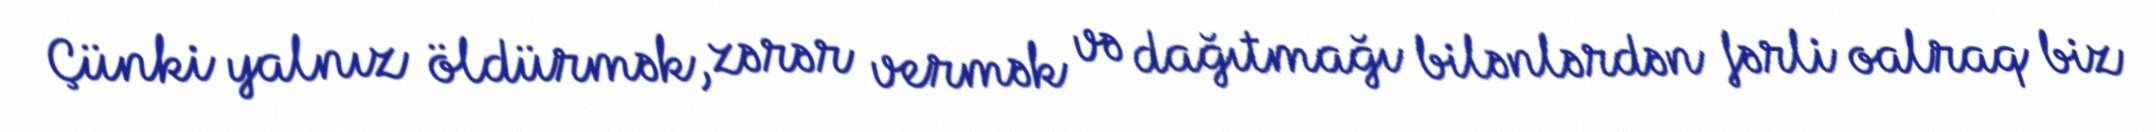
Çünki yalnız öldürmək, zərər vermək və dağıtmağı bilənlərdən fərli oalraq biz